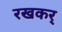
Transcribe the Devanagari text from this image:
रखकर्